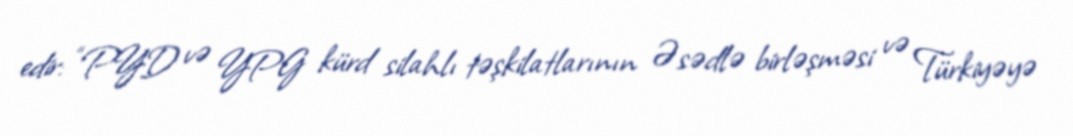
edir: “PYD və YPG kürd silahlı təşkilatlarının Əsədlə birləşməsi və Türkiyəyə